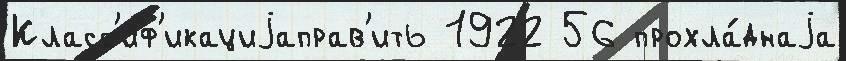
Класс'иф'икациjаправ'ить 1922 56 прохла́днаjа